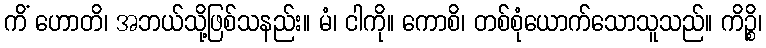
ကိံ ဟောတိ၊ အဘယ်သို့ဖြစ်သနည်း။ မံ၊ ငါကို။ ကောစိ၊ တစ်စုံယောက်သောသူသည်။ ကိဉ္စိ၊